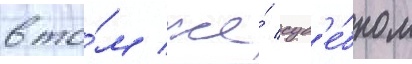
в то́м же́ суд'е́бном